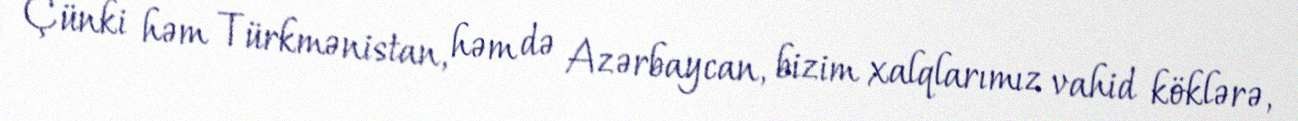
Çünki həm Türkmənistan, həm də Azərbaycan, bizim xalqlarımız vahid köklərə,